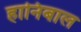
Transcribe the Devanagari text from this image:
हानिबाल